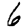
Digit: 6